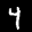
Label: 4